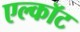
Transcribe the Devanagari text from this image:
एल्कॉट